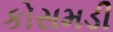
કોસમડી